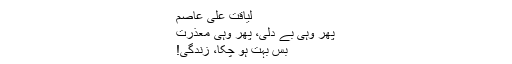
لیاقت علی عاصم
پھر وہی بے دلی، پھر وہی معذرت
بس بہت ہو چکا، زندگی!